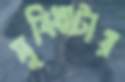
সুবিধাটার